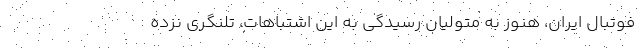
فوتبال ایران، هنوز به متولیان رسیدگی به این اشتباهات، تلنگری نزده